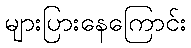
များပြားနေကြောင်း